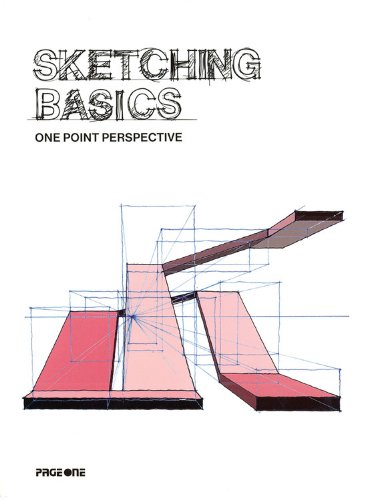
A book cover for Sketching Basics: One Point Perspective; Ruzaimi Mat Rani; Arts & Photography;